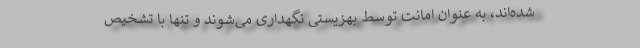
شده‌اند، به عنوان امانت توسط بهزیستی نگهداری می‌شوند و تنها با تشخیص